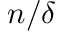
n / \delta